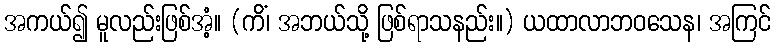
အကယ်၍ မူလည်းဖြစ်အံ့။ (ကိံ၊ အဘယ်သို့ ဖြစ်ရာသနည်း။) ယထာလာဘဝသေန၊ အကြင်